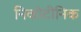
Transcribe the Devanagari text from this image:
निकोटीनिक